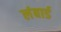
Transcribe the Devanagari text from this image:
लंबार्ड